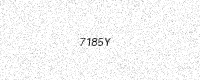
Text: 7185Y